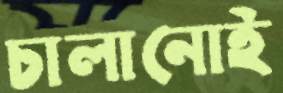
চালানোই